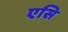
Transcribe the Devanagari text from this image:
एसि